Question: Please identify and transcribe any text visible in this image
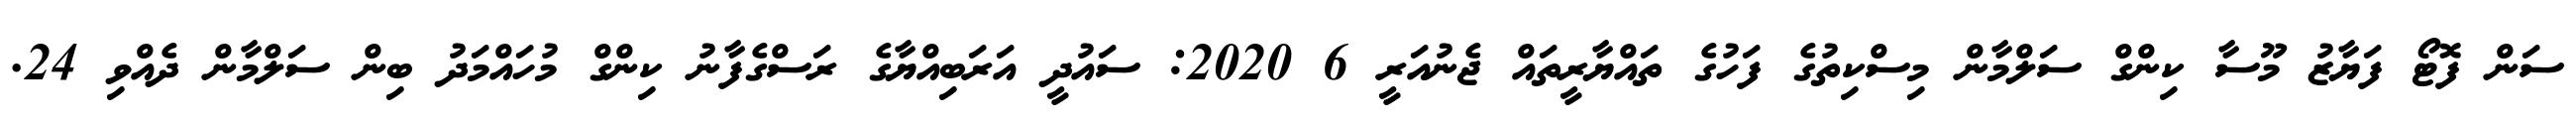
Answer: ސަން ފޮޓޯ ފަޔާޒު މޫސާ ކިންގް ސަލްމާން މިސްކިތުގެ ފަހުގެ ތައްޔާރީތައް ޖެނުއަރީ 6 2020: ސައުދީ އަރަބިއްޔާގެ ރަސްގެފާނު ކިންގް މުހައްމަދު ބިން ސަލްމާން ދެއްވި 24.